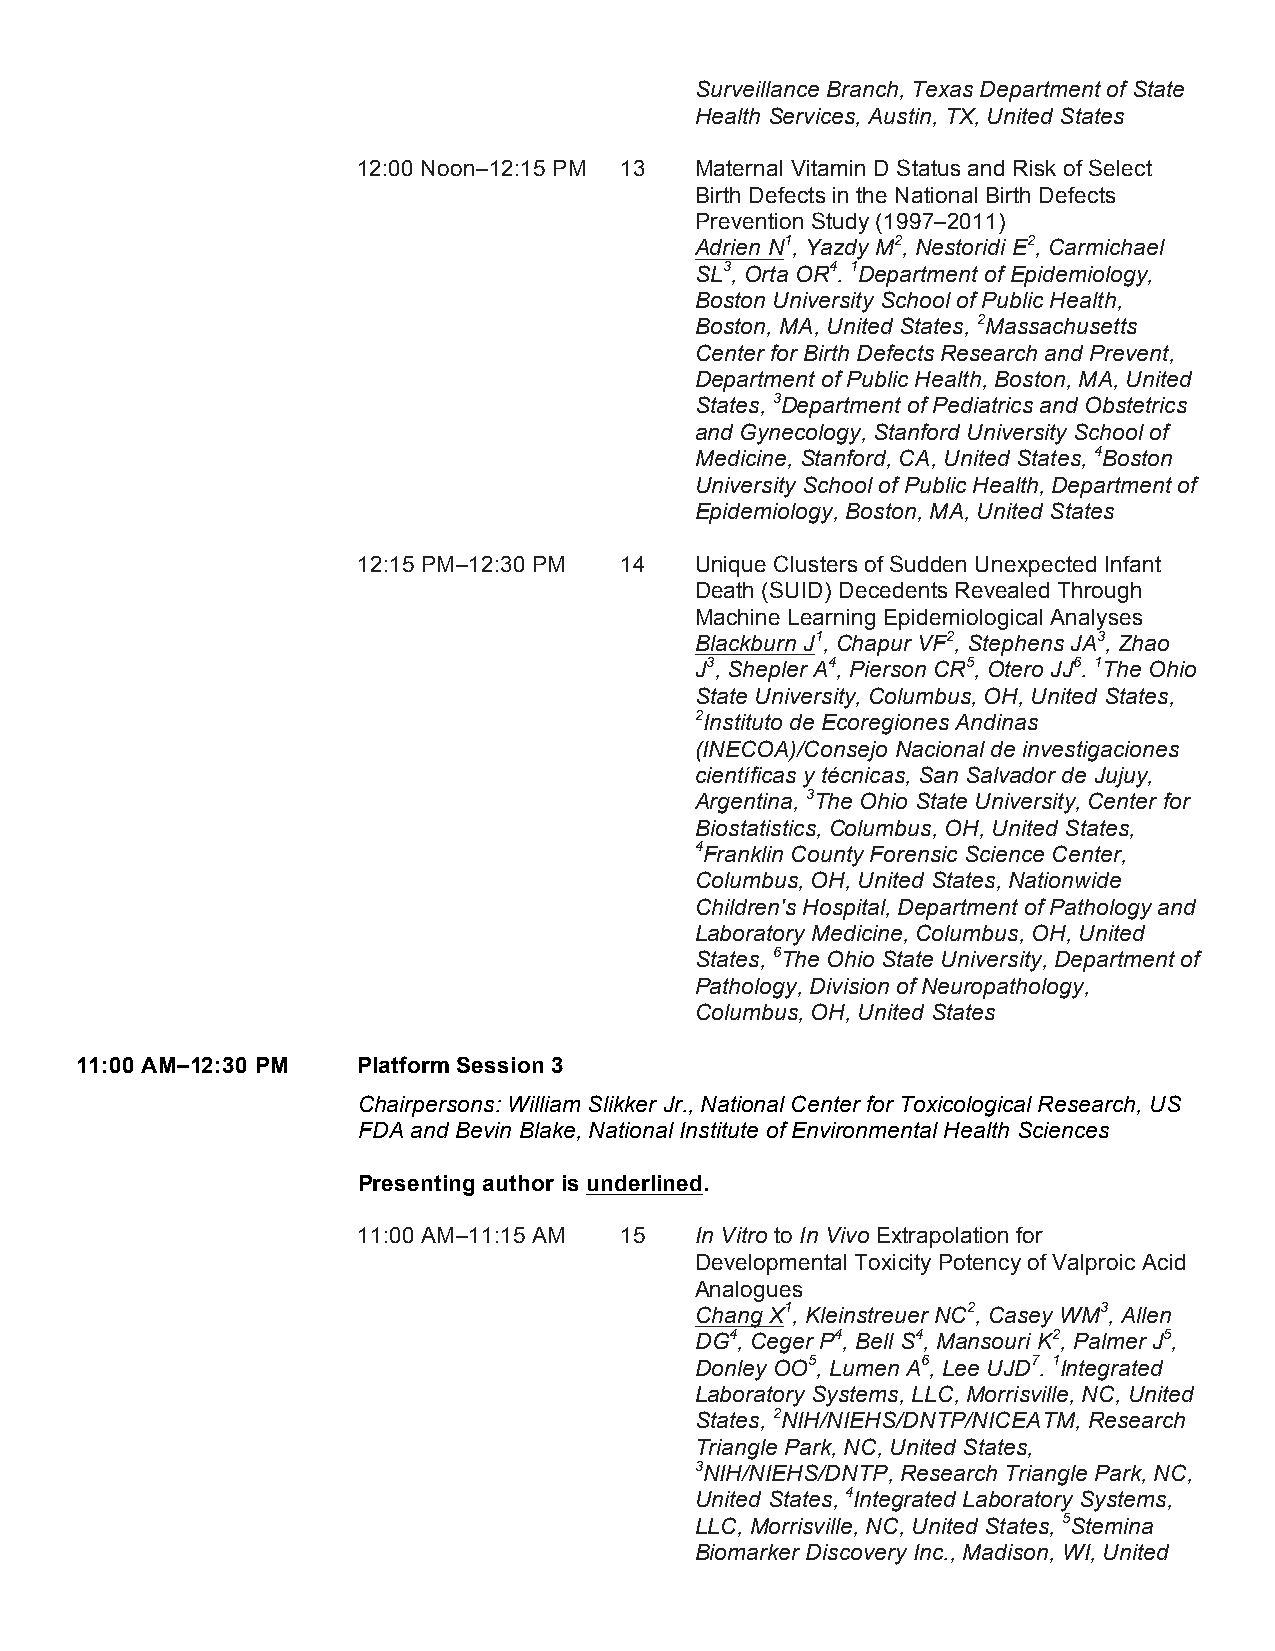
Surveillance Branch, Texas Department of State
 Health Services, Austin, TX, United States
 12:00 Noon–12:15 PM 13 Maternal Vitamin D Status and Risk of Select
 Birth Defects in the National Birth Defects
 Prevention Study (1997–2011)
 Adrien N1, Yazdy M2, Nestoridi E2, Carmichael
 SL3, Orta OR4. 1Department of Epidemiology,
 Boston University School of Public Health,
 Boston, MA, United States, 2Massachusetts
 Center for Birth Defects Research and Prevent,
 Department of Public Health, Boston, MA, United
 States, 3Department of Pediatrics and Obstetrics
 and Gynecology, Stanford University School of
 Medicine, Stanford, CA, United States, 4Boston
 University School of Public Health, Department of
 Epidemiology, Boston, MA, United States
 12:15 PM–12:30 PM 14  Unique Clusters of Sudden Unexpected Infant
 Death (SUID) Decedents Revealed Through
 Machine Learning Epidemiological Analyses
 Blackburn J1, Chapur VF2, Stephens JA3, Zhao
 J3, Shepler A4, Pierson CR5, Otero JJ6. 1The Ohio
 State University, Columbus, OH, United States,
 2Instituto de Ecoregiones Andinas
 (INECOA)/Consejo Nacional de investigaciones
 científicas y técnicas, San Salvador de Jujuy,
 Argentina, 3The Ohio State University, Center for
 Biostatistics, Columbus, OH, United States,
 4Franklin County Forensic Science Center,
 Columbus, OH, United States, Nationwide
 Children's Hospital, Department of Pathology and
 Laboratory Medicine, Columbus, OH, United
 States, 6The Ohio State University, Department of
 Pathology, Division of Neuropathology,
 Columbus, OH, United States
 11:00 AM–12:30 PM  Platform Session 3
 Chairpersons: William Slikker Jr., National Center for Toxicological Research, US
 FDA and Bevin Blake, National Institute of Environmental Health Sciences
 Presenting author is underlined.
 11:00 AM–11:15 AM 15  In Vitro to In Vivo Extrapolation for
 Developmental Toxicity Potency of Valproic Acid
 Analogues
 Chang X1, Kleinstreuer NC2, Casey WM3, Allen
 DG4, Ceger P4, Bell S4, Mansouri K2, Palmer J5,
 Donley OO5, Lumen A6, Lee UJD7. 1Integrated
 Laboratory Systems, LLC, Morrisville, NC, United
 States, 2NIH/NIEHS/DNTP/NICEATM, Research
 Triangle Park, NC, United States,
 3NIH/NIEHS/DNTP, Research Triangle Park, NC,
 United States, 4Integrated Laboratory Systems,
 LLC, Morrisville, NC, United States, 5Stemina
 Biomarker Discovery Inc., Madison, WI, United